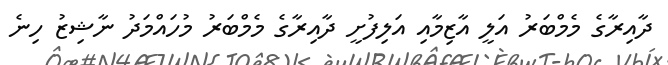
ދާއިރާގެ މެމްބަރު އަލީ އާޒިމާއި އަލިފުށީ ދާއިރާގެ މެމްބަރު މުހައްމަދު ނާޝިޒު ހިނެ